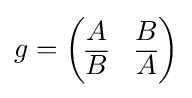
{g={\begin{pmatrix}A&B\\{\overline {B}}&{\overline {A}}\end{pmatrix}}}